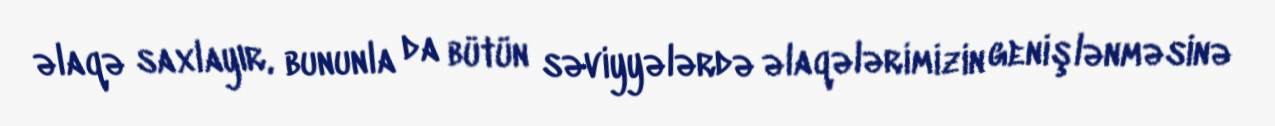
əlaqə saxlayır, bununla da bütün səviyyələrdə əlaqələrimizin genişlənməsinə